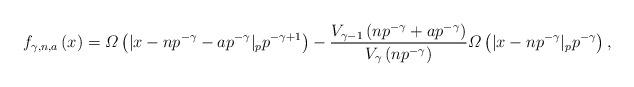
LaTeX: \begin{align*}f_{\gamma,n,a}\left(x\right)=\varOmega\left(|x-np^{-\gamma}-ap^{-\gamma}|_{p}p^{-\gamma+1}\right)-\dfrac{V_{\gamma-1}\left(np^{-\gamma}+ap^{-\gamma}\right)}{V_{\gamma}\left(np^{-\gamma}\right)}\varOmega\left(|x-np^{-\gamma}|_{p}p^{-\gamma}\right),\end{align*}